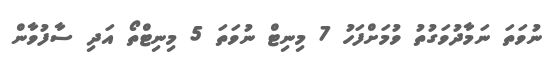
ނުވަތަ ނަމާދުވަގުތު ވުމަށްފަހު 7 މިނިޓް ނުވަތަ 5 މިނިޓްތޯ އަދި ސާފުވާން